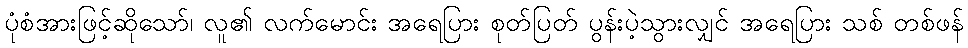
ပုံစံအားဖြင့်ဆိုသော်၊ လူ၏ လက်မောင်း အရေပြား စုတ်ပြတ် ပွန်းပဲ့သွားလျှင် အရေပြား သစ် တစ်ဖန်